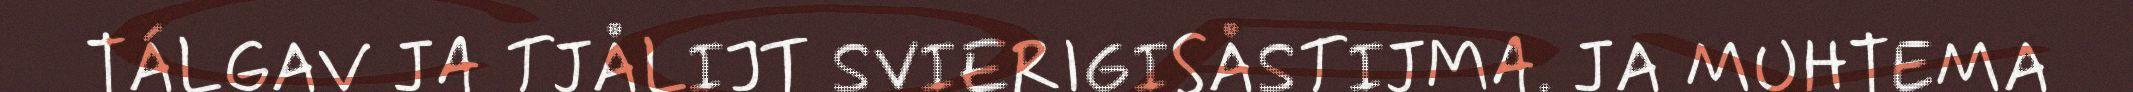
TÁLGAV JA TJÅLIJT SVIERIGISÅSTIJMA. JA MUHTEMA